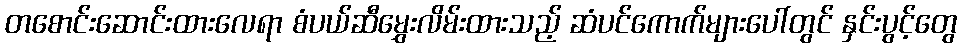
တစောင်းဆောင်းထားလေရာ စံပယ်ဆီမွှေးလိမ်းထားသည့် ဆံပင်ကောက်များပေါ်တွင် နှင်းပွင့်တွေ